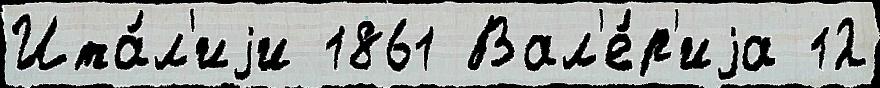
Ита́л'иjи 1861 Вал'е́р'иjа 12